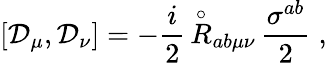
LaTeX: \left[{\mathcal D}_{\mu},{\mathcal D}_{\nu}\right]=-\frac{i}{2}\, {\stackrel{\circ}{R}}{}_{ab\mu\nu}\, \frac{\sigma^{ab}}{2}\; ,